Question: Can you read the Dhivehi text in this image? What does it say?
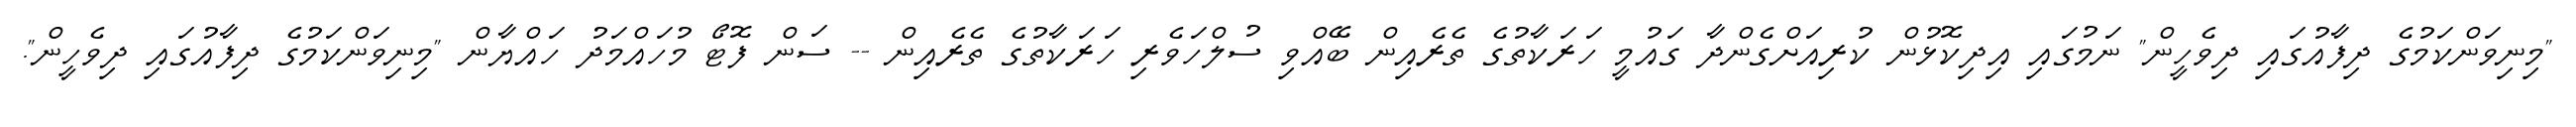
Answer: "މިނިވަންކަމުގެ ދިފާއުގައި ދިވެހީން" ނަމުގައި އިދިކޮޅުން ކުރިއަށްގެންދާ ގައުމީ ހަރަކާތުގެ ތެރެއިން ބޭއްވި ސުލްހަވެރި ހަރަކާތުގެ ތެރެއިން -- ސަން ފޮޓޯ މުހައްމަދު ހައްޔާން "މިނިވަންކަމުގެ ދިފާއުގައި ދިވެހީން".